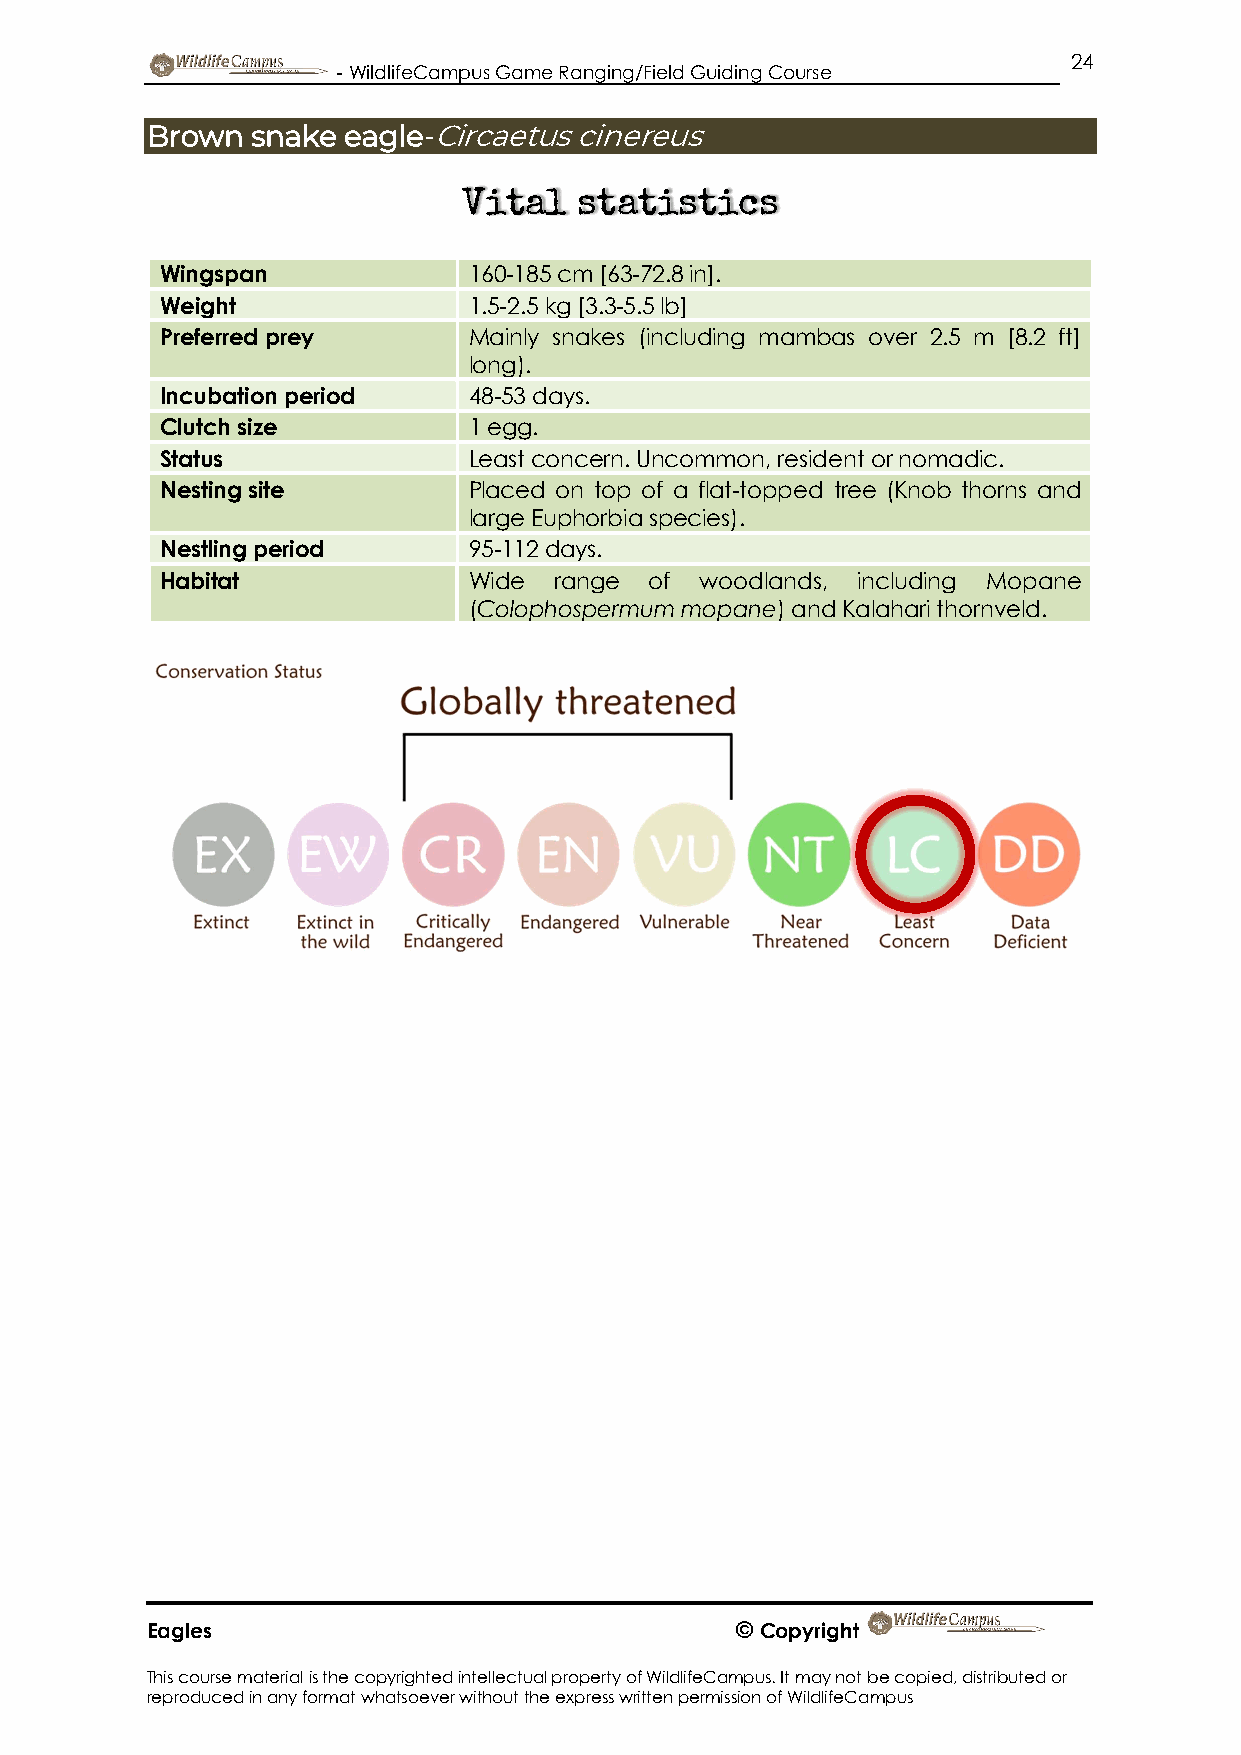
24
 - WildlifeCampus Game Ranging/Field Guiding Course
 Brown  snake eagle-Circaetus cinereus
 Vital  statistics
 Wingspan            160-185 cm [63-72.8 in].
 Weight              1.5-2.5 kg [3.3-5.5 lb]
 Preferred prey      Mainly snakes (including mambas over 2.5 m [8.2 ft]
 long).
 Incubation period   48-53 days.
 Clutch size         1 egg.
 Status              Least concern. Uncommon, resident or nomadic.
 Nesting site        Placed on top of a flat-topped tree (Knob thorns and
 large Euphorbia species).
 Nestling period     95-112 days.
 Habitat             Wide  range of woodlands, including Mopane
 (Colophospermum mopane) and Kalahari thornveld.
 Eagles                                 © Copyright
 This course material is the copyrighted intellectual property of WildlifeCampus. It may not be copied, distributed or
 reproduced in any format whatsoever without the express written permission of WildlifeCampus